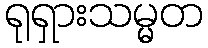
ရုရှားသမ္မတ